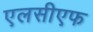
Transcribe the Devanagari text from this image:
एलसीएफ